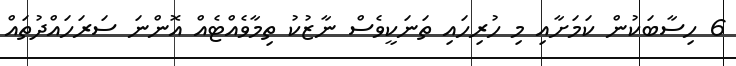
6 ހިސާބަކުން ކަމަށާއި މި ހުރިހައި ތަނަކީވެސް ނާޒުކު ތިމާވެއްޓެއް އޮންނަ ސަރަހައްދުތައް